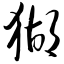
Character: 猢